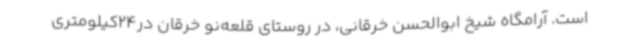
است. آرامگاه شیخ ابوالحسن خرقانی، در روستای قلعه‌نو خرقان در24کیلومتری